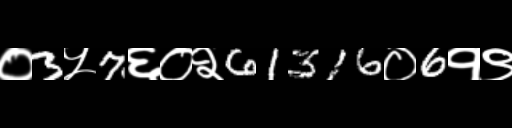
Text: ०3५7६०२61316०6१९